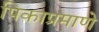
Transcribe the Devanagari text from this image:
पिकाप्रमाणे